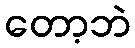
တော့ဘဲ